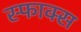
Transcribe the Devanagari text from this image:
स्फाक्स